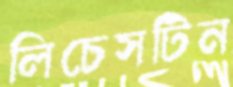
লিচেসটিন